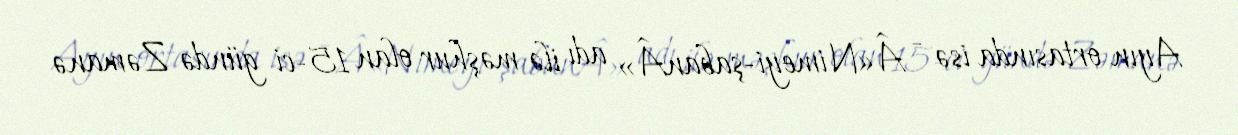
Ayın ortasında isə - Â«Nimeyi-şabanÂ» adı ilə məşhur olan 15-ci gündə Zəmanə